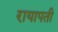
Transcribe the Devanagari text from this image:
रायापती